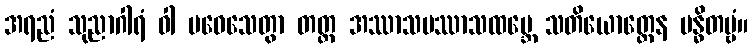
အရညံ သုညာဂါရံ ဝါ ပဝေသေတွာ တတ္ထ အဿာသပဿာသထမ္ဘေ သတိယောတ္တေန ဗန္ဓိတဗ္ဗံ။